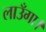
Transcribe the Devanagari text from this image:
लाउँगा।